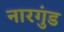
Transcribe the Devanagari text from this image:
नारगुंड